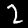
Digit: 2